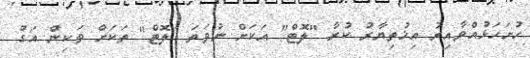
ހުށަހަޅުއްވާއިރު އިޚުތިޔާރު ކުރާ "ލޮޓް" އަކަށް ނުވަތަ "ލޮޓް" ތަކަށް ވަކިން އަގު